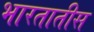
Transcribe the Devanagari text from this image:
भारतातीस